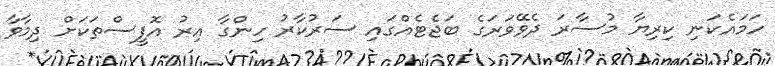
ހަމައެކަނި ކިރިޔާ މުސާރަ ދެވޭވަރަގެ ބަޖެޓެއްގައި ސަރުކާރު ހިންގާ އިރު އޮފީސްތަކަށް ދިމާވާ